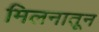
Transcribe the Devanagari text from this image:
मिलनातून